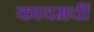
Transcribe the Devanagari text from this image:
कायमचीं